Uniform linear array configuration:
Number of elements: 32
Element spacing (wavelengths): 0.25
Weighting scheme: blackman
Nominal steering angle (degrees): -30
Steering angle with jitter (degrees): -31.972
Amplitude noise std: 0.05
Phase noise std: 0.05

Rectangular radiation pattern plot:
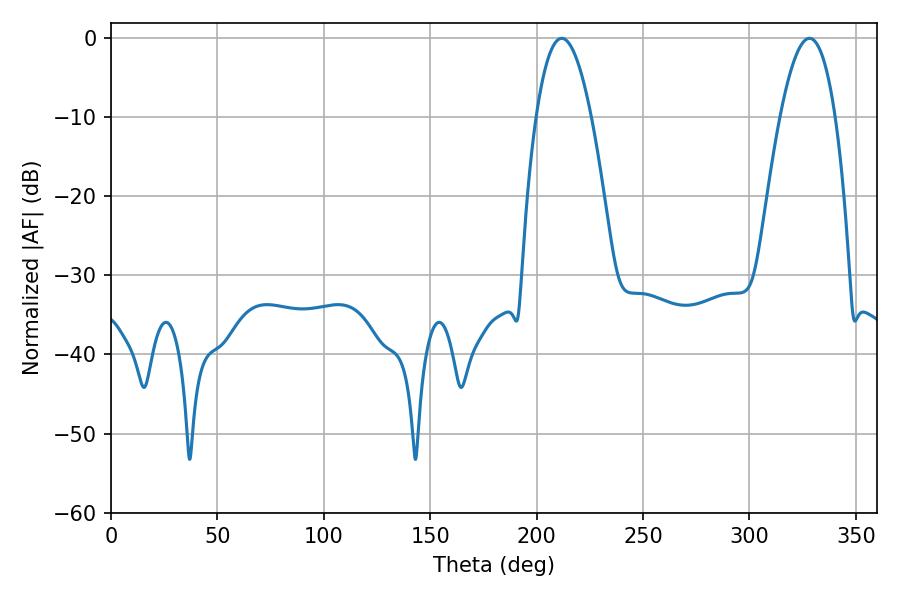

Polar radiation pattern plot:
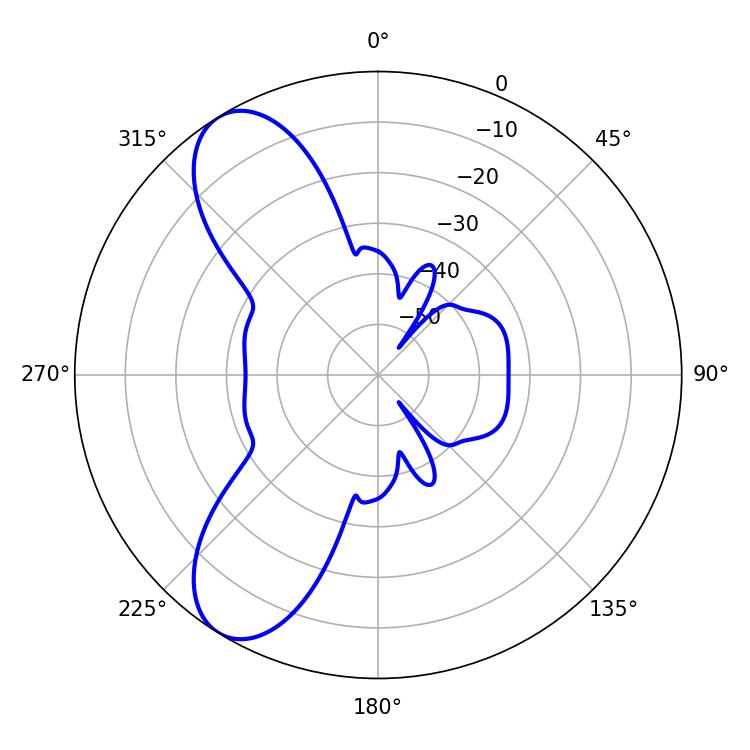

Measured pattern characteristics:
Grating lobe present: FALSE
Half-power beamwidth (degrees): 14.22
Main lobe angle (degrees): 211.86